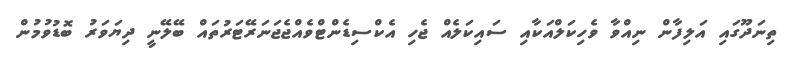
ތިނަދޫގައި އަލިފާން ނިއްވާ ވެހިކަލްއަކާއި ސައިކަލެއް ޖެހި އެކްސިޑެންޓްވެއްޖެޖަނަރޭޓަރުތައް ބޭލޭނީ ދިޔަވަރު ބޮޑުވުމުން